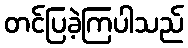
တင်ပြခဲ့ကြပါသည်